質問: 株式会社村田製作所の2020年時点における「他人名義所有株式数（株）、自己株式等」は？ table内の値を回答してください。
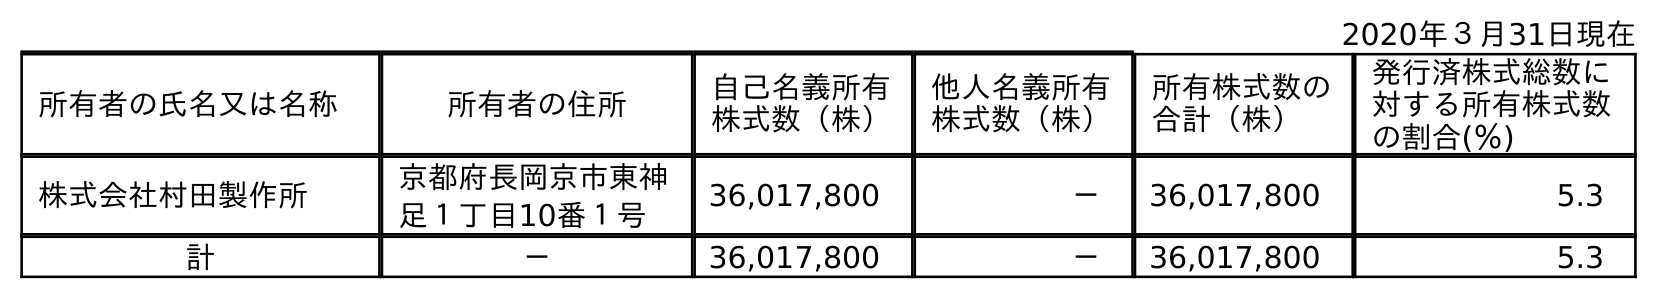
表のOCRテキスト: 2020年３月31日現在 所有者の氏名又は名称 所有者の住所 自己名義所有 株式数（株） 他人名義所有 株式数（株） 所有株式数の 合計（株） 発行済株式総数に 対する所有株式数 の割合(％) 株式会社村田製作所 京都府長岡京市東神 足１丁目10番１号 36,017,800 － 36,017,800 5.3 計 － 36,017,800 － 36,017,800 5.3
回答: －